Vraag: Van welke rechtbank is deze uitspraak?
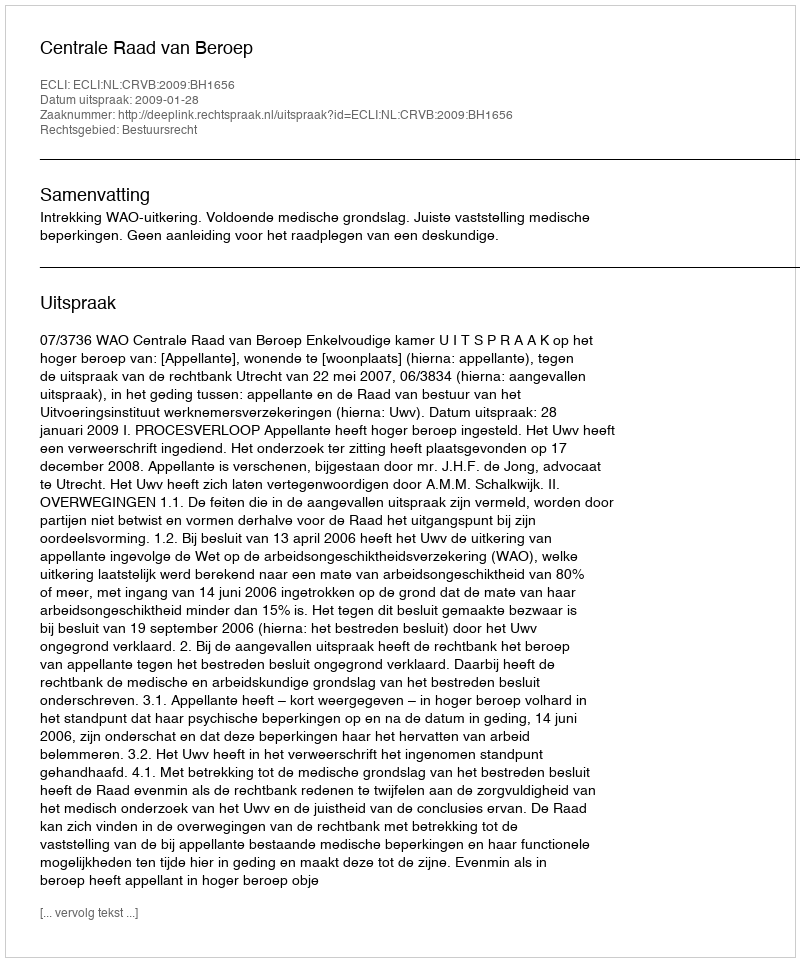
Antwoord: Centrale Raad van Beroep